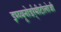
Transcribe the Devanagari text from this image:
इम्य्यूनोडर्र्मीटॉलोजी